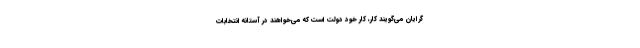
گرایان می‌گویند کار، کار خود دولت است که می‌خواهند در آستانه انتخابات